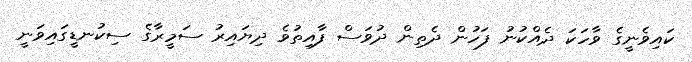
ކައިވެނީގެ ވާހަކަ ދެއްކުނު ފަހުން ދެތިން ދުވަސް ފާއިތުވެ ދިޔައިރު ސަމީރާގެ ސިކުނޑީގައިވަނީ